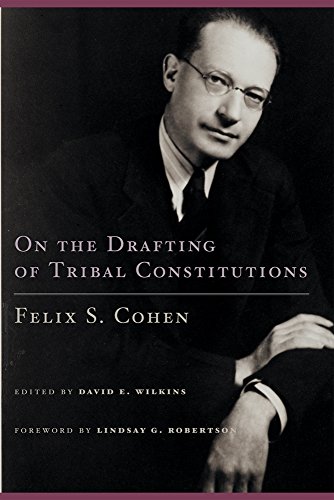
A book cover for On the Drafting of Tribal Constitutions (American Indian Law and Policy Series); Felix S. Cohen; Law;